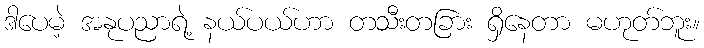
ဒါပေမဲ့ အနုပညာရဲ့ နယ်ပယ်ဟာ တသီးတခြား ရှိနေတာ မဟုတ်ဘူး။